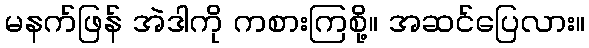
မနက်ဖြန် အဲဒါကို ကစားကြစို့။ အဆင်ပြေလား။